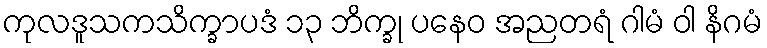
ကုလဒူသကသိက္ခာပဒံ ၁၃ ဘိက္ခု ပနေဝ အညတရံ ဂါမံ ဝါ နိဂမံ